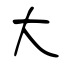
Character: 大